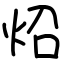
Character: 炤